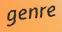
genre